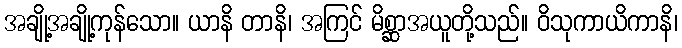
အချို့အချို့ကုန်သော။ ယာနိ တာနိ၊ အကြင် မိစ္ဆာအယူတို့သည်။ ဝိသုကာယိကာနိ၊